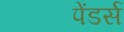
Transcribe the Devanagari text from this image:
पेंडर्स